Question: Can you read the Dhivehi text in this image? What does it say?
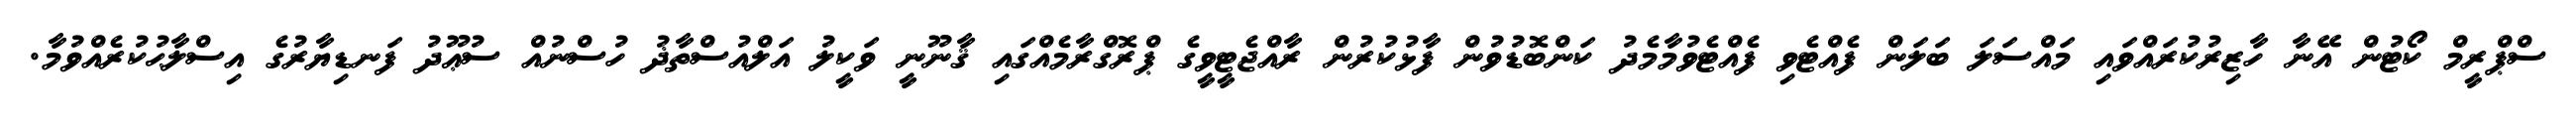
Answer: ސްޕްރީމް ކޯޓުން އޭނާ ހާޒިރުކުރައްވައި މައްސަލަ ބަލަން ފެއްޓެވި ފެއްޓެވުމާމެދު ކަންބޮޑުވުން ފާޅުކުރުން ރާއްޖެޓީވީގެ ޕްރޮގްރާމެއްގައި ޤާނޫނީ ވަކީލު އަލްއުސްތާޛު ހުސްނުއް ސުޢޫދު ފަނޑިޔާރުގެ އިސްލާޙުކުރެއްވުމާ.